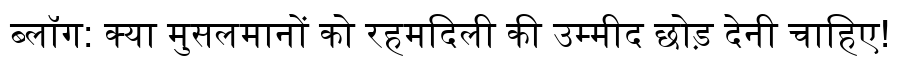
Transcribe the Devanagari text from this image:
ब्लॉग: क्या मुसलमानों को रहमदिली की उम्मीद छोड़ देनी चाहिए!